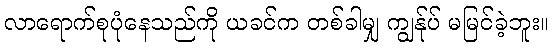
လာရောက်စုပုံနေသည်ကို ယခင်က တစ်ခါမျှ ကျွန်ုပ် မမြင်ခဲ့ဘူး။